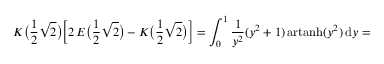
K { \bigl ( } { \frac { 1 } { 2 } } { \sqrt { 2 } } { \bigr ) } { \biggl [ } 2 \, E { \bigl ( } { \frac { 1 } { 2 } } { \sqrt { 2 } } { \bigr ) } - K { \bigl ( } { \frac { 1 } { 2 } } { \sqrt { 2 } } { \bigr ) } { \biggr ] } = \int _ { 0 } ^ { 1 } { \frac { 1 } { y ^ { 2 } } } ( y ^ { 2 } + 1 ) \, { \mathrm { a r t a n h } } ( y ^ { 2 } ) \, \mathrm { d } y =